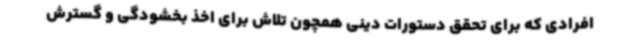
افرادی که برای تحقق دستورات دینی همچون تلاش برای اخذ بخشودگی و گسترش